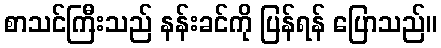
စာသင်ကြီးသည် နန်းခင်ကို ပြန်ရန် ပြောသည်။